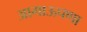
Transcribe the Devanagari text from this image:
आगाऊपणा